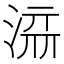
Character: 𰜥